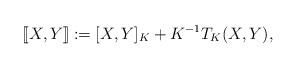
LaTeX: \begin{align*}[\![X,Y]\!]:=[X,Y]_K+K^{-1} T_K(X,Y),\end{align*}